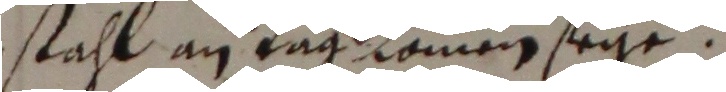
stahl en tag kommen seiye.